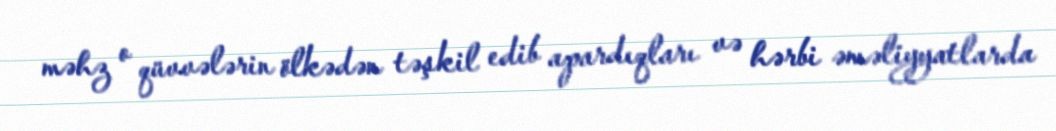
məhz o qüvvələrin ölkədən təşkil edib apardıqları və hərbi əməliyyatlarda